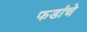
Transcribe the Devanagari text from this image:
फडांचे